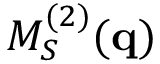
M _ { S } ^ { ( 2 ) } ( \mathbf { q } )